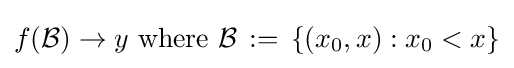
f({\mathcal {B}})\to y{\text{ where }}{\mathcal {B}}\,:=\,\left\{\left(x_{0},x\right):x_{0}<x\right\}